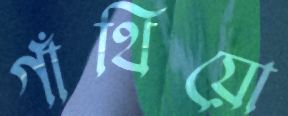
গাঁথিয়ো